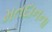
મતદાનના